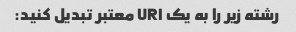
رشته زیر را به یک URI معتبر تبدیل کنید: